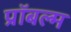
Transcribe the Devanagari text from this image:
प्रॉबल्म